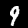
Label: 9